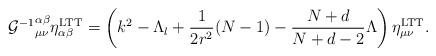
LaTeX: \begin{align*}{{\cal G}^{-1}}^{\alpha\beta}_{\mu\nu}\eta^{\rm LTT}_{\alpha\beta}=\left(k^{2}-\Lambda_{l}+\frac{1}{2r^{2}}(N-1)-\frac{N+d}{N+d-2}\Lambda\right)\eta^{\rm LTT}_{\mu\nu}.\end{align*}